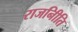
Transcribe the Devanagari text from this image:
राजनीिति